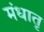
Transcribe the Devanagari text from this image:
मंधातृ